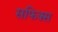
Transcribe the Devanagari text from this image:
सफिक्स